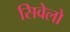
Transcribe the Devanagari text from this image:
सिवेलो